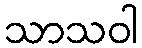
သာသဝါ